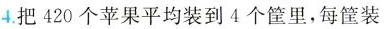
4.把420个苹果平均装到4个筐里，每筐装